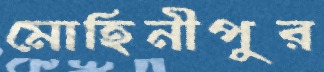
মোহিনীপুর